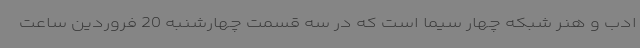
ادب و هنر شبکه چهار سیما است که در سه قسمت چهارشنبه 20 فروردین ساعت